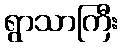
ရွာသာကြီး